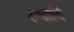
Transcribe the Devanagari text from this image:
रुधादि